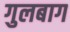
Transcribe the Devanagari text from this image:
गुलबाग